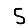
Digit: 5